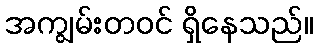
အကျွမ်းတဝင် ရှိနေသည်။